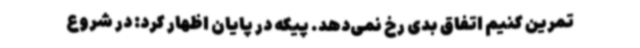
تمرین کنیم اتفاق بدی رخ نمی‌دهد. پیکه در پایان اظهار کرد: در شروع